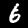
Digit: 6